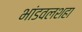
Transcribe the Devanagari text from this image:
भांडवलशहा